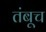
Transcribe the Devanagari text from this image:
तंबूच